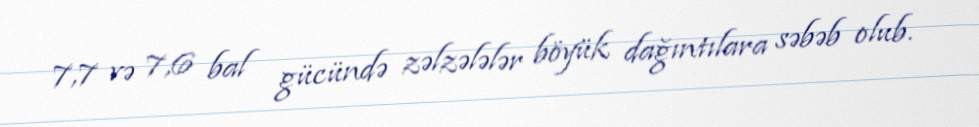
7,7 və 7,6 bal gücündə zəlzələlər böyük dağıntılara səbəb olub.